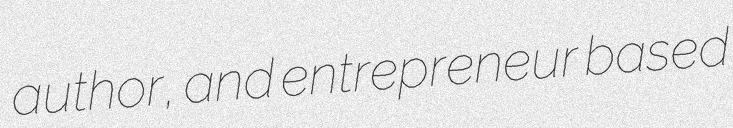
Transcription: author, and entrepreneur based